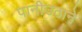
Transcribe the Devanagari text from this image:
पानीउठाने